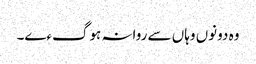
وہ دونوں وہاں سے روانہ ہوگءے۔